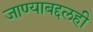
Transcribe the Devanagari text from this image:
जाण्याबद्दलही